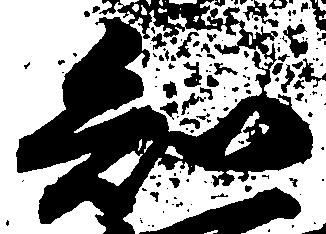
知